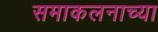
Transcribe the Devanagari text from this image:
समाकलनाच्या